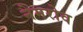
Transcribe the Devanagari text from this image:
नेमरोव